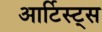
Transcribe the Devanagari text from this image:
आर्टिस्ट्‍स